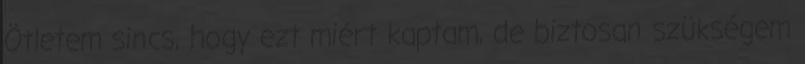
Ötletem sincs, hogy ezt miért kaptam, de biztosan szükségem